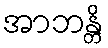
အာဘန္တိ